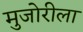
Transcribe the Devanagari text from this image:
मुजोरीला